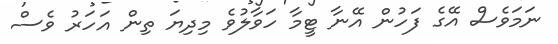
ނަމަވެސް އޭގެ ފަހުން އޭނާ ޓީމާ ހަވާލުވެ މިދިޔަ ތިން އަހަރު ވެސް